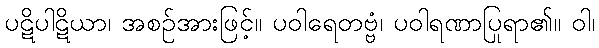
ပဋိပါဋိယာ၊ အစဉ်အားဖြင့်။ ပဝါရေတဗ္ဗံ၊ ပဝါရဏာပြုရာ၏။ ဝါ၊